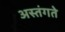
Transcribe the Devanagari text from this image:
अस्तंगते